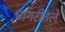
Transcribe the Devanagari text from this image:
घागरीतले